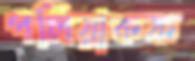
পলিয়াকফ